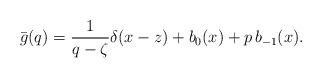
LaTeX: \begin{align*}\bar{g}(q) = \frac{1}{q-\zeta}\delta(x-z) + b_0(x) + p\,b_{-1}(x).\end{align*}